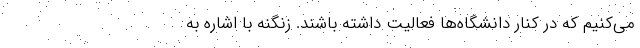
می‌کنیم که در کنار دانشگاه‌ها فعالیت داشته باشند. زنگنه با اشاره به